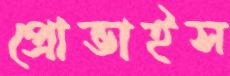
প্রোভাইস